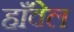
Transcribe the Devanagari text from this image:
हाँवेल